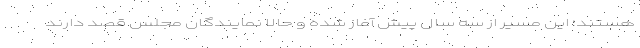
هستند؛ این مسیر از سه سال پیش آغاز شده و حالا نمایندگان مجلس قصد دارند